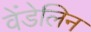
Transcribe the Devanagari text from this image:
वेंडेलिन